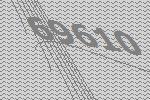
69610